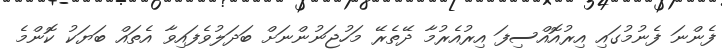
ފެންނަ ފެނުމުގައި އިރުއޮއްސިފަ އިރުއެރުމާ ދޭތެރޭ މަހުޖަނުންނަށް ބަދަލުވެފައިވާ އެތައް ބަޔަކު ކޮންމެ